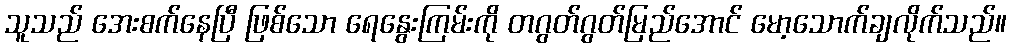
သူသည် အေးစက်နေပြီ ဖြစ်သော ရေနွေးကြမ်းကို တဂွတ်ဂွတ်မြည်အောင် မော့သောက်ချလိုက်သည်။